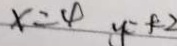
x = 4 y = k 2